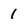
Character: 1